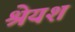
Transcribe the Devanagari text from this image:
श्रेयश